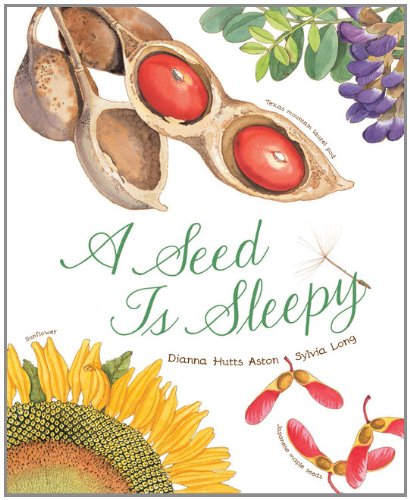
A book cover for A Seed Is Sleepy; Dianna Aston; Children's Books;